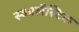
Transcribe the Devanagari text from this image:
स्कालैस्टिक